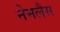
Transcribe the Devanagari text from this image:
नेमलैस